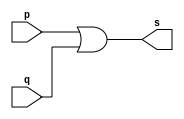
// -------------------------
// Exemplo0003 - OR
// Nome: xxx yyy zzz
// -------------------------

// -------------------------
// -- or gate
// -------------------------

module orgate ( output s,
                input  p, q);

 assign s = p | q;

endmodule // orgate

// ---------------------
// -- test or gate
// ---------------------

module testorgate;
// ------------------------- dados locais
   reg   a, b; // definir registradores
   wire  s;    // definir conexao (fio)
// ------------------------- instancia

   orgate OR1 (s, a, b);

// ------------------------- preparacao
   initial begin:start
      a=0; b=0;
   end

// ------------------------- parte principal

   initial begin
      $display("Exemplo0004 - xxx yyy zzz - 999999");
      $display("Test OR gate");
      $display("\na | b = s\n");
      $monitor("%b | %b = %b", a, b, s);
  #1  a=0; b=1;
  #1  a=1; b=0;
  #1  a=1; b=1;
   end

endmodule // testorgate